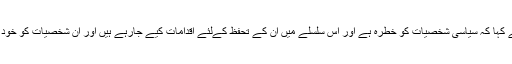
ڈی جی آئی ایس پی آر نے کہا کہ سیاسی شخصیات کو خطرہ ہے اور اس سلسلے میں ان کے تحفظ کےلئے اقدامات کیے جارہے ہیں اور ان شخصیات کو خود بھی احتیاط کرنی چاہیے۔